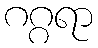
ဂဂ္ဂရာ